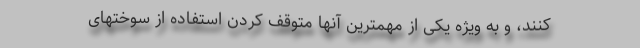
کنند، و به ویژه یکی از مهمترین آنها متوقف کردن استفاده از سوختهای